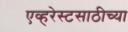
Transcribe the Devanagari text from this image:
एव्हरेस्टसाठीच्या